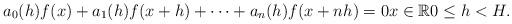
LaTeX: \begin{align*}a_0(h)f(x)+a_1(h)f(x+h)+\cdots +a_n(h)f(x+nh)=0 x\in\mathbb{R} 0\leq h<H. \end{align*}